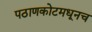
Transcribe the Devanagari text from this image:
पठाणकोटमधूनच